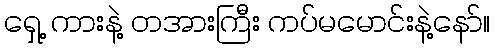
ရှေ့ ကားနဲ့ တအားကြီး ကပ်မမောင်းနဲ့နော်။